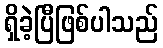
ရှိခဲ့ပြီဖြစ်ပါသည်